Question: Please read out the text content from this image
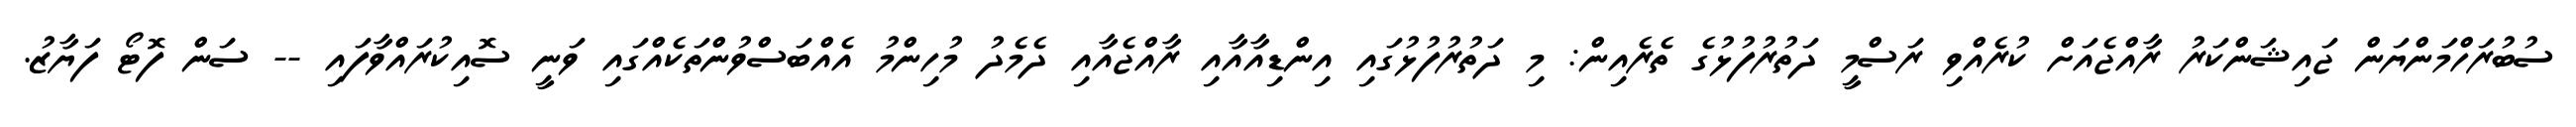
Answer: ސުބުރަހްމަންޔަން ޖައިޝަންކަރު ރާއްޖެއަށް ކުރެއްވި ރަސްމީ ދަތުރުފުޅުގެ ތެރެއިން: މި ދަތުރުފުޅުގައި އިންޑިއާއާއި ރާއްޖެއާއި ދެމެދު މުހިންމު އެއްބަސްވުންތަކެއްގައި ވަނީ ސޮއިކުރައްވާފައި -- ސަން ފޮޓޯ ފަޔާޒު.